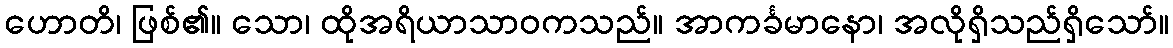
ဟောတိ၊ ဖြစ်၏။ သော၊ ထိုအရိယာသာဝကသည်။ အာကင်္ခမာနော၊ အလိုရှိသည်ရှိသော်။